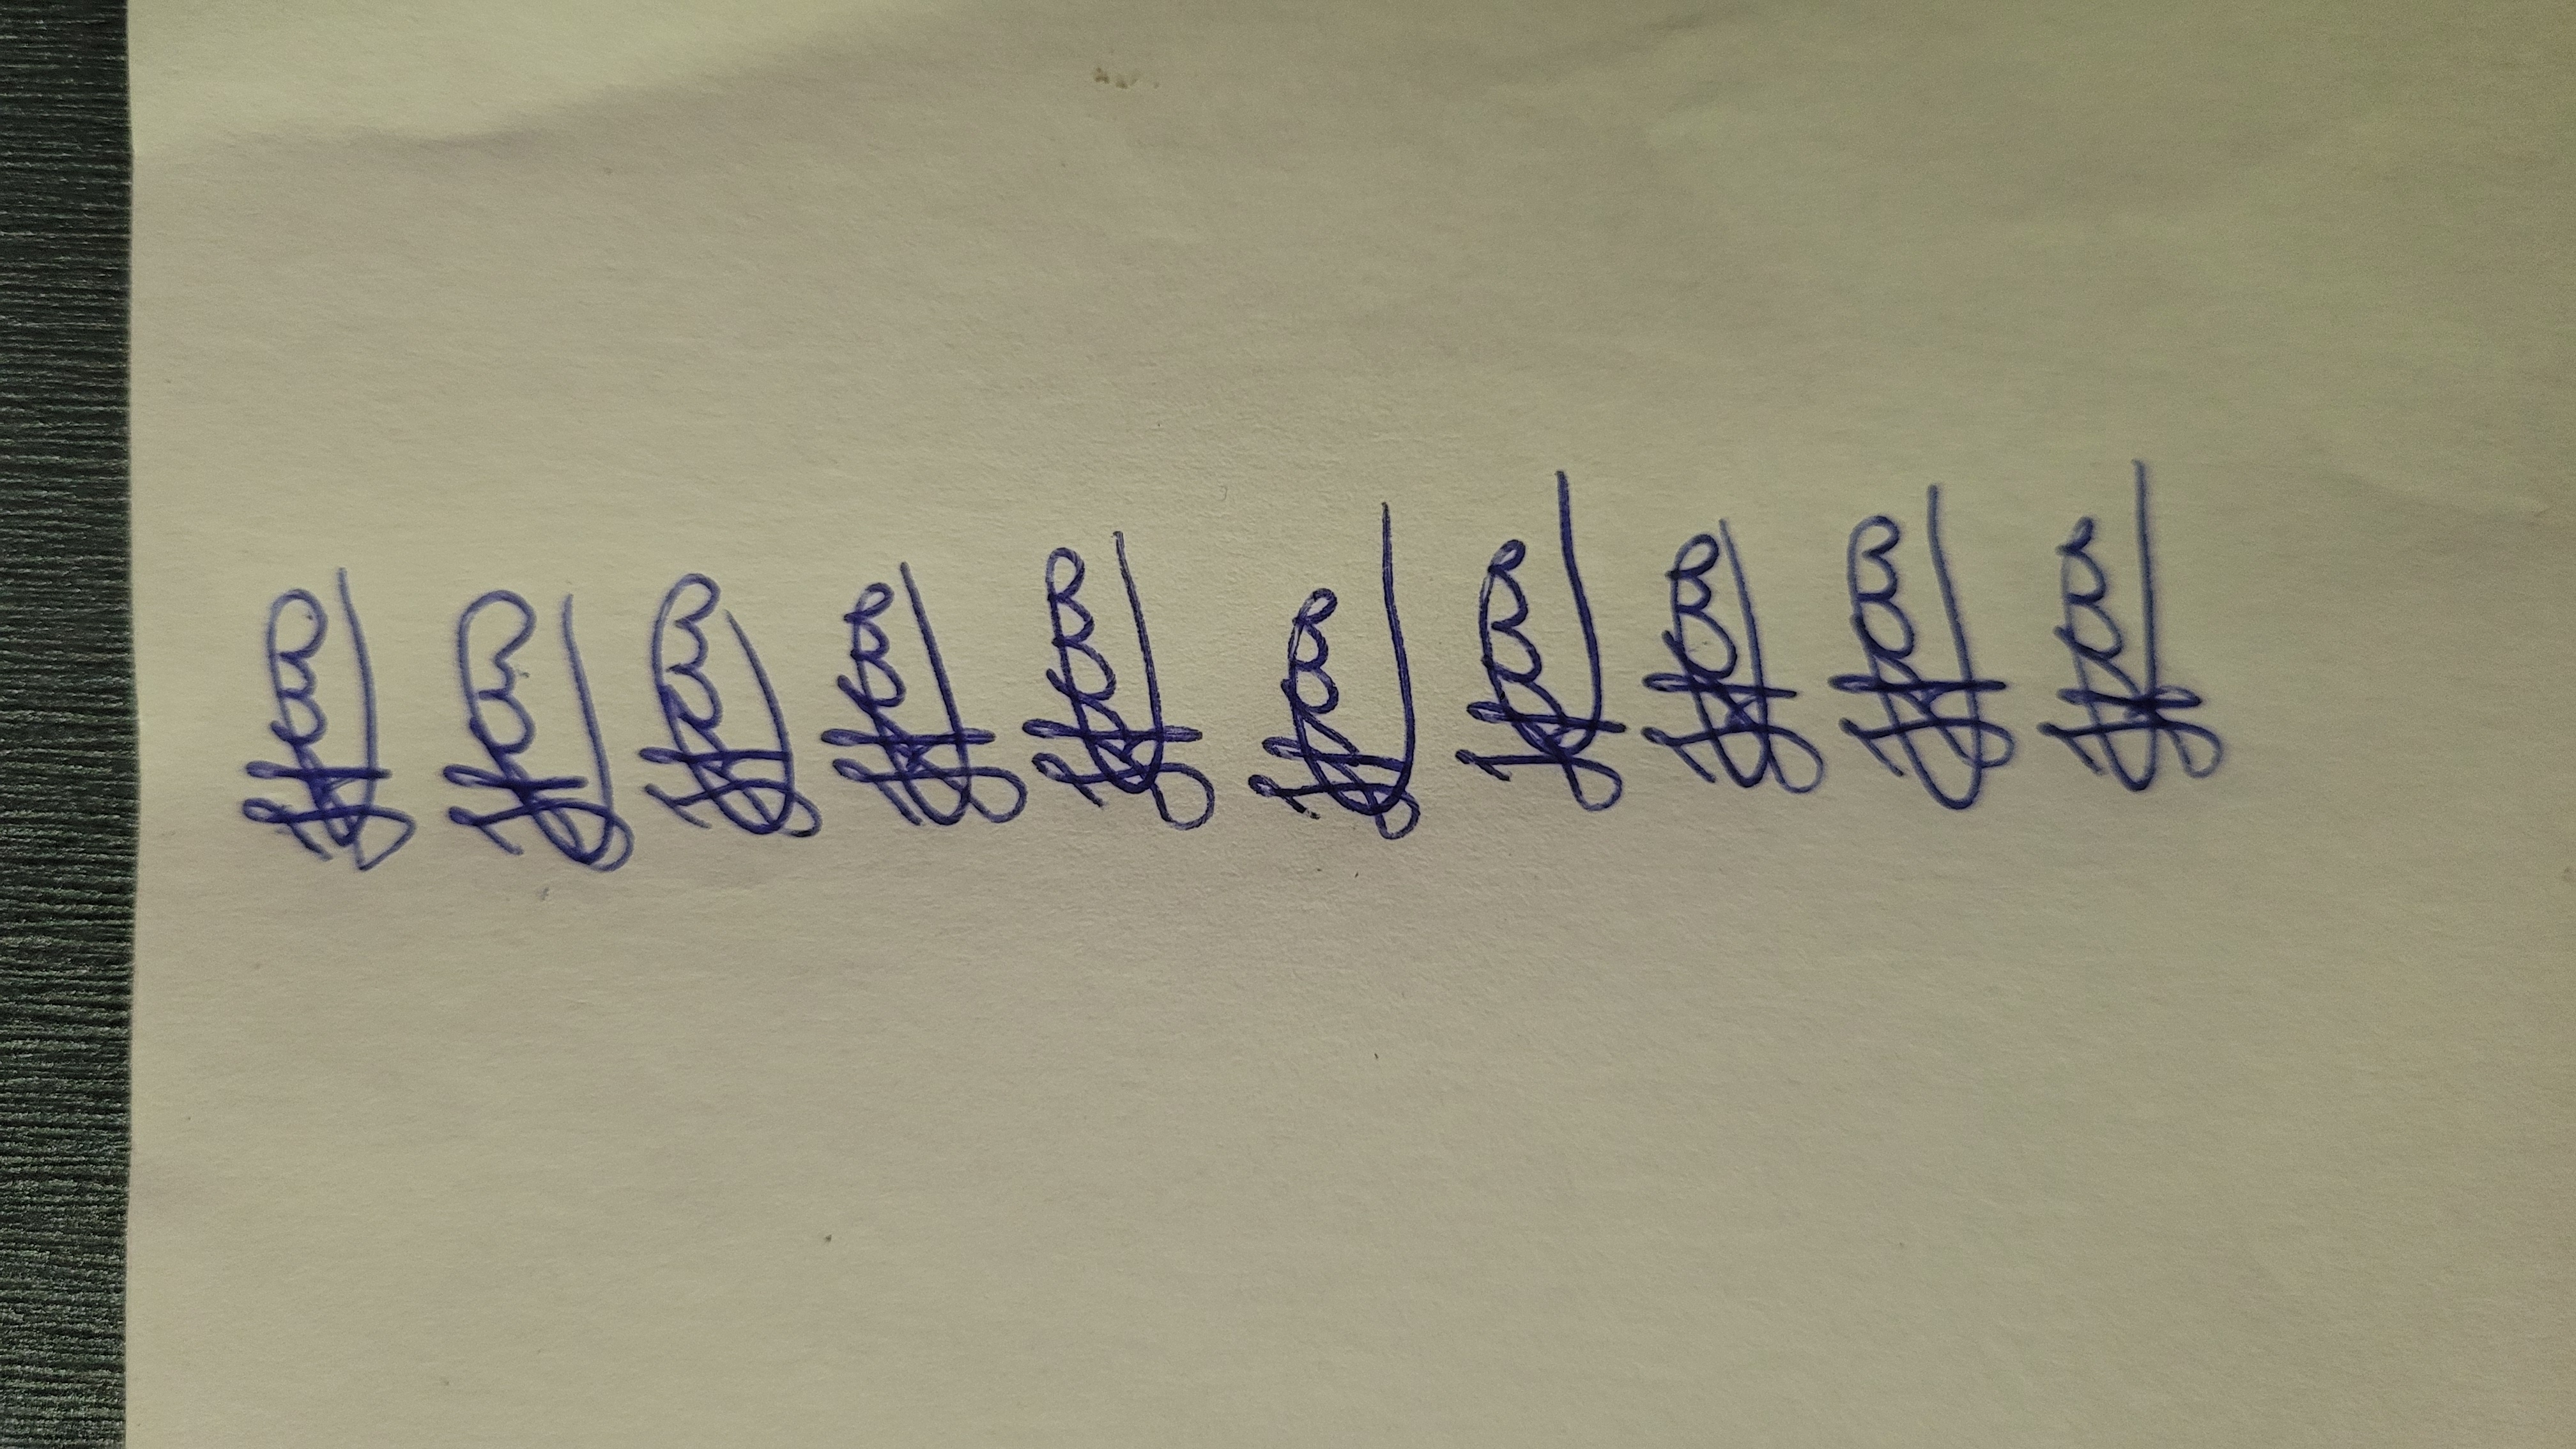
Signature authenticity: genuine